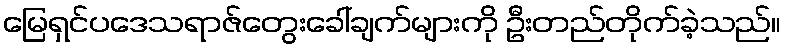
မြေရှင်ပဒေသရာဇ်တွေးခေါ်ချက်များကို ဦးတည်တိုက်ခဲ့သည်။